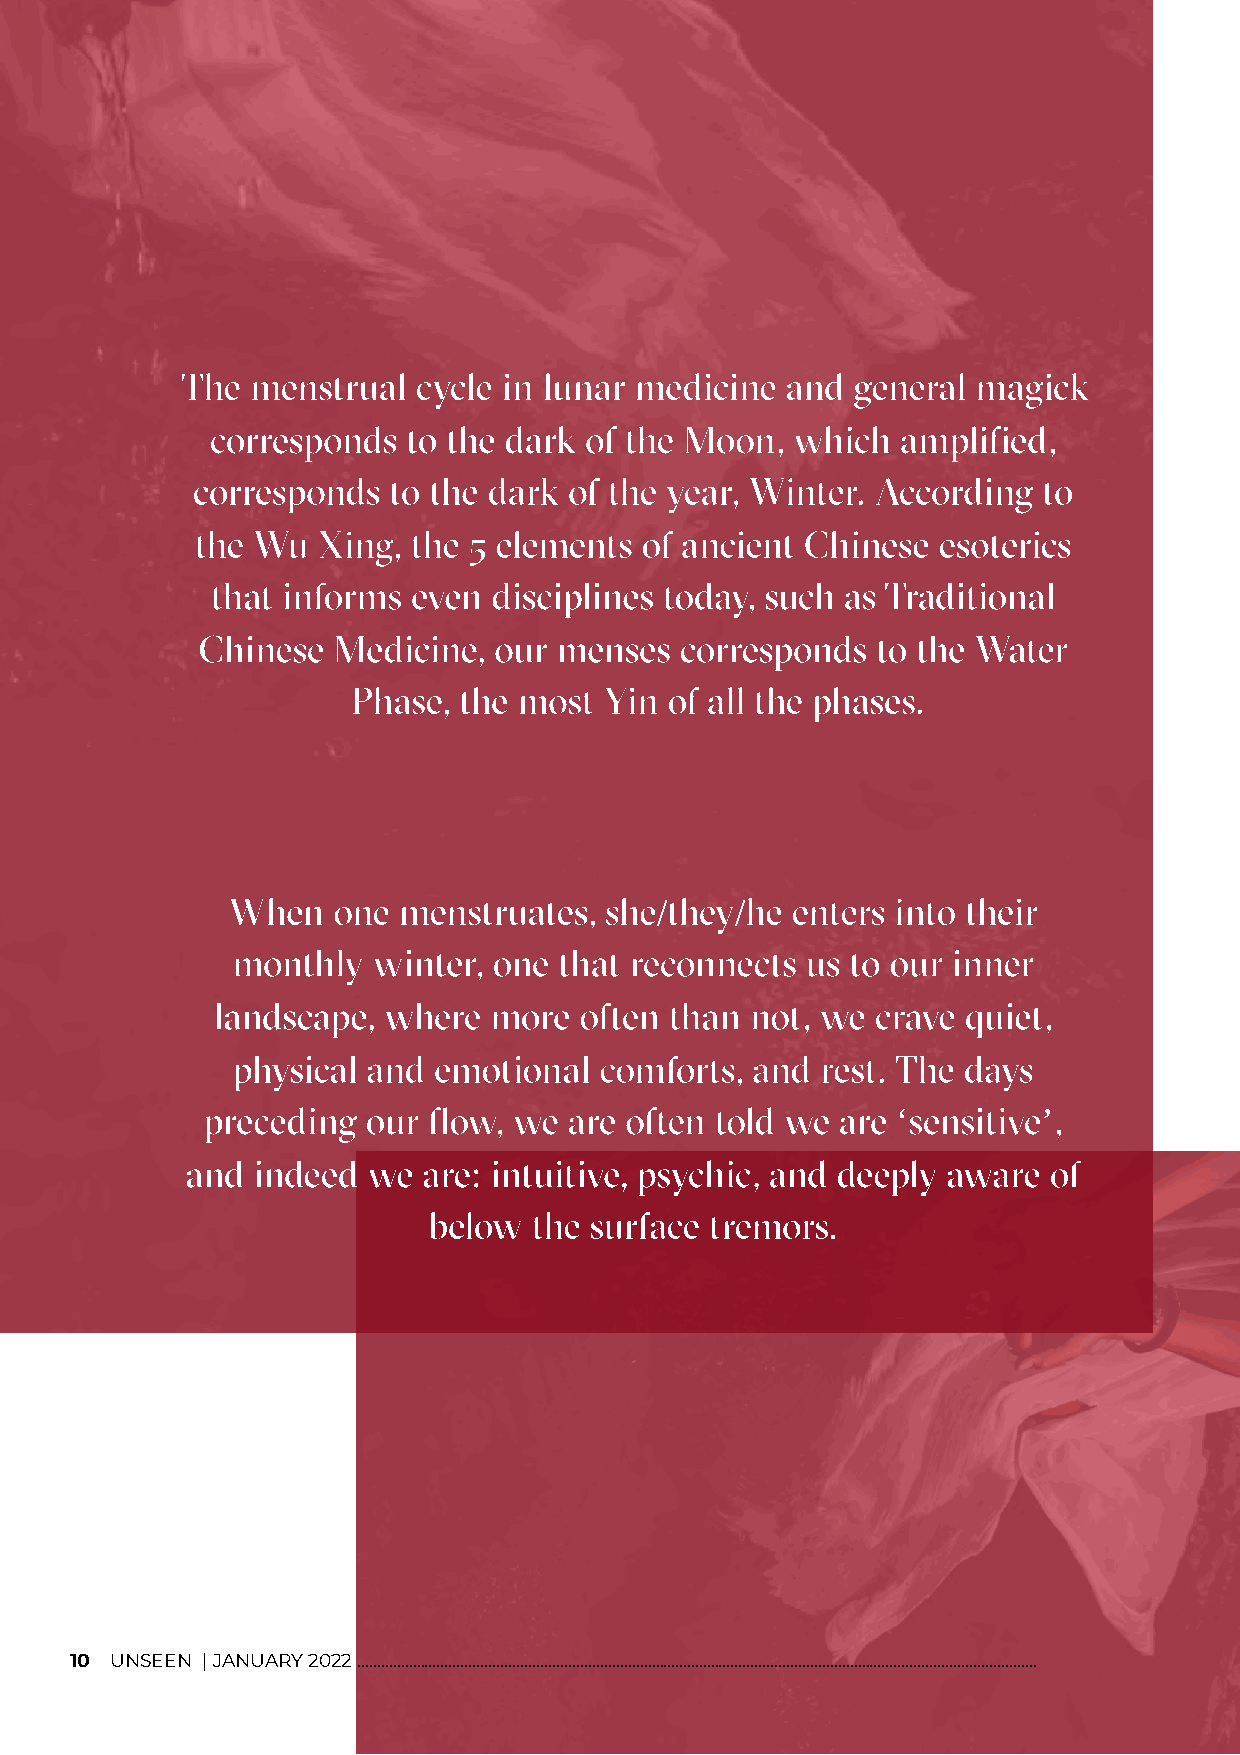
The  menstrual  cycle in lunar medicine and general  magick
 corresponds  to the dark of the Moon,  which  amplified,
 corresponds  to the dark of the year, Winter. According to
 the Wu  Xing, the 5 elements of ancient Chinese  esoterics
 that informs even  disciplines today, such as Traditional
 Chinese  Medicine,  our menses  corresponds  to the Water
 Phase, the most  Yin of all the phases.
 When   one menstruates,  she they he enters into their
 /     /
 monthly   winter, one that reconnects us to our inner
 landscape, where  more  often than  not, we crave quiet,
 physical and  emotional  comforts, and rest. The days
 preceding  our flow, we  are often told we are sensitive ,
 ‘         ’
 and  indeed we  are intuitive, psychic, and deeply aware of
 :
 below  the surface tremors.
 10 UNSEEN | JANUARY 2022 ...........................................................................................................................................................................